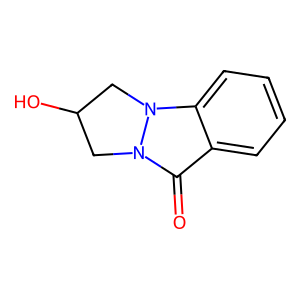
SMILES: O=c1c2ccccc2n2n1CC(O)C2
Inhibits HIV replication: No